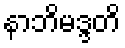
နာဘိမဒ္ဒတိ